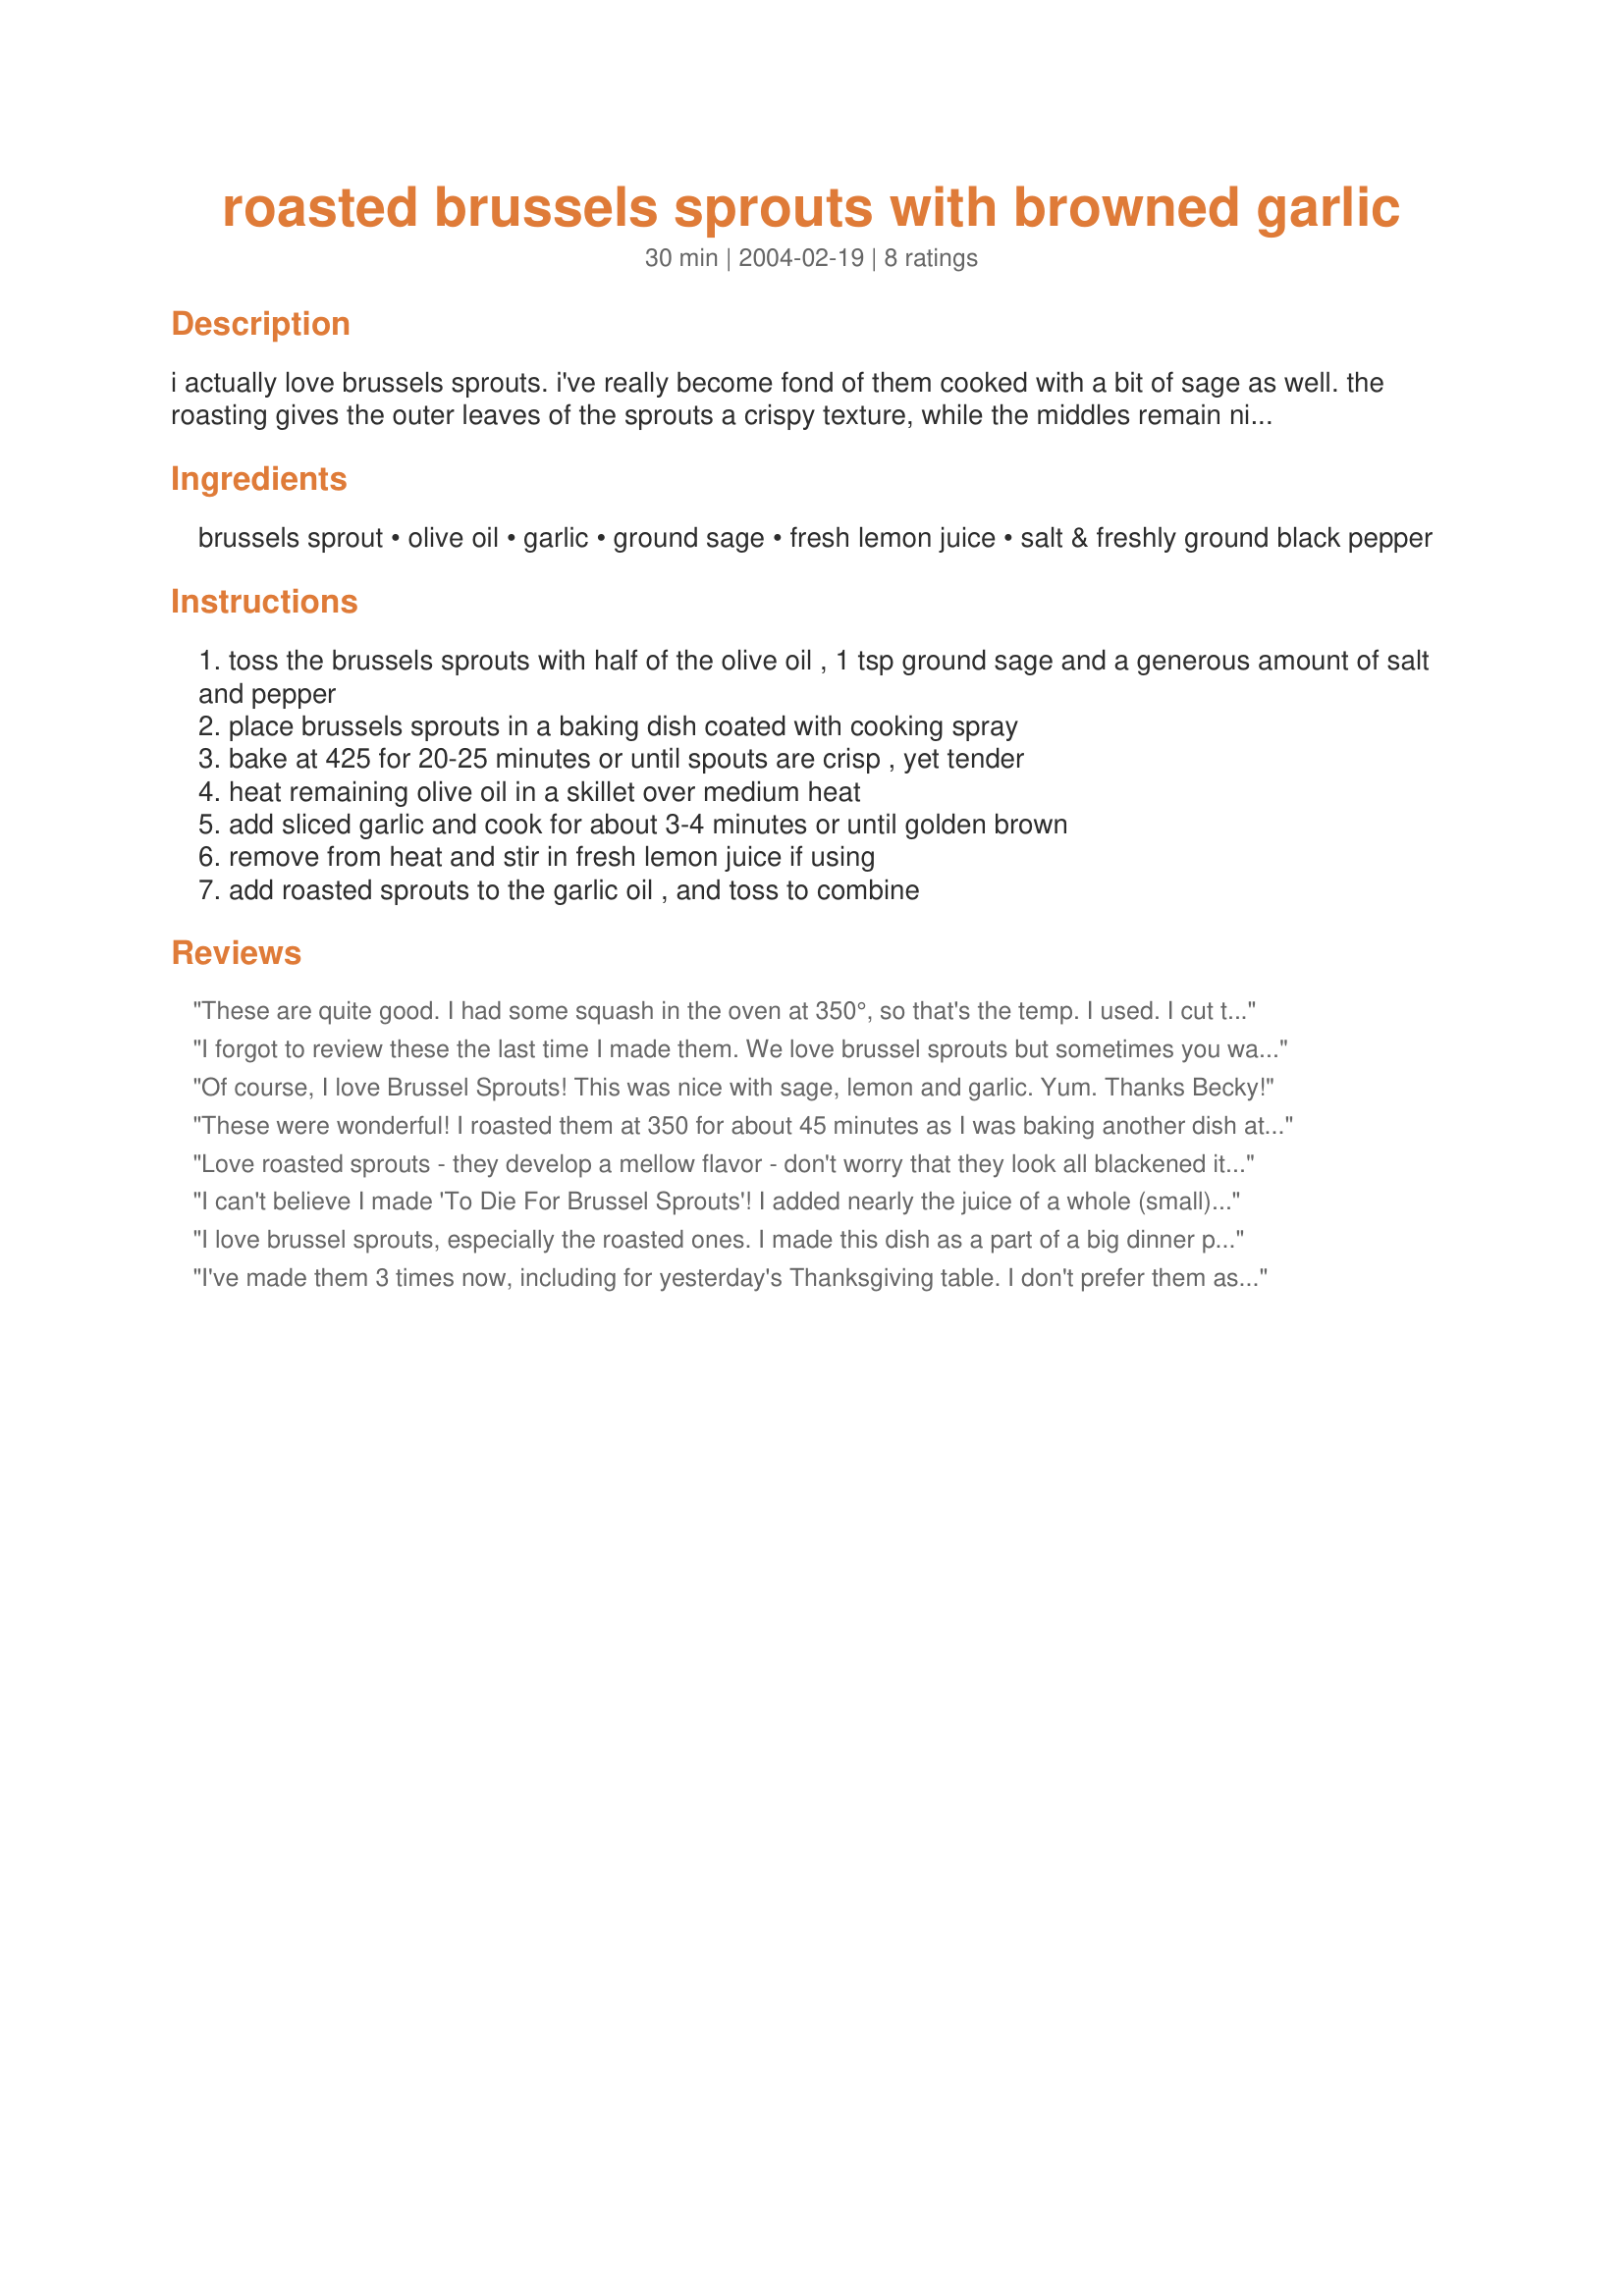
roasted brussels sprouts with browned garlic
Preparation time: 30 minutes

i actually love brussels sprouts. i've really become fond of them cooked with a bit of sage as well. the roasting gives the outer leaves of the sprouts a crispy texture, while the middles remain nice and tender.

Ingredients:
brussels sprout, olive oil, garlic, ground sage, fresh lemon juice, salt & freshly ground black pepper

Steps:
toss the brussels sprouts with half of the olive oil , 1 tsp ground sage and a generous amount of salt and pepper
place brussels sprouts in a baking dish coated with cooking spray
bake at 425 for 20-25 minutes or until spouts are crisp , yet tender
heat remaining olive oil in a skillet over medium heat
add sliced garlic and cook for about 3-4 minutes or until golden brown
remove from heat and stir in fresh lemon juice if using
add roasted sprouts to the garlic oil , and toss to combine

Reviews:
These are quite good. I had some squash in the oven at 350°, so that's the temp. I used. I cut the sprouts in half and found they were done in 15 minutes, but then I don't care for them blackened. Used this as part of #45116 Creamed Brussels Sprouts in Acorn Squash.
I forgot to review these the last time I made them. We love brussel sprouts but sometimes you want something other than steamed. These are great, I brown the garlic in a bit of olive oil first, then toss in the sprouts and then throw it all in the oven, that way, I don't have to fuss with them as I am trying to get the rest of dinner on the table. Thanks for a great recipe!
Of course, I love Brussel 
Sprouts! This was nice with sage, lemon and garlic. Yum. Thanks Becky!
These were wonderful! I roasted them at 350 for about 45 minutes as I was baking another dish at that temperature and they came out just perfect. The sage added great flavor. Thanks for sharing.
Love roasted sprouts - they develop a mellow flavor - don't worry that they look all blackened it is part of the flavor. The combination of sage, garlic & lemon is really tasty. Thanks Kozmic Blues for another dimension of sprouts
I can't believe I made 'To Die For Brussel Sprouts'! I added nearly the juice of a whole (small) lemon which I really liked. I will definitely make them more often!
I love brussel sprouts, especially the roasted ones. I made this dish as a part of a big dinner party and I got so lazy near the end of the 4th hour of cooking, I skipped browning the garlic and used some garlic powder instead. It was still very good!
I've made them 3 times now, including for yesterday's Thanksgiving table. I don't prefer them as blackened as on the picture. I take them out of the oven when just slightly browned then finish with a minute or two in the microwave.

If you would like to use fresh sage instead of ground (and not burn the leaves) make an infusion: Heat up olive oil (don't boil) then put the sage leaves in. If doing this, you can save the whole sauteeing step by also crushing the garlic and putting that in. Let the infusion rest anywhere from 15 minutes to a few hours. Strain out sage and garlic and use the flavored oil to coat the sprouts. Note: you can also do this with thyme leaves instead of sage.
